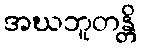
အဃဘူတန္တိ